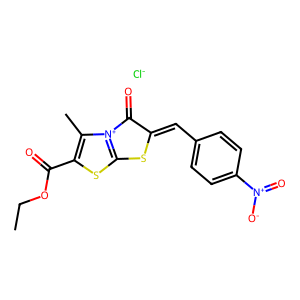
SMILES: CCOC(=O)c1sc2[n+](c1C)C(=O)C(=Cc1ccc([N+](=O)[O-])cc1)S2.[Cl-]
Inhibits HIV replication: No